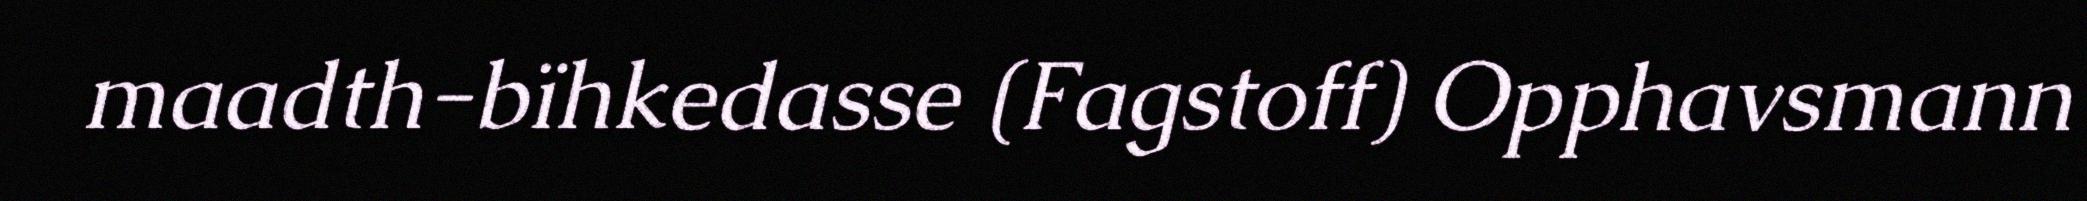
maadth-bïhkedasse (Fagstoff) Opphavsmann